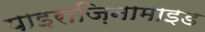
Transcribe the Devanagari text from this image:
पाइराज़िनामाइड